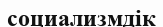
социализмдік